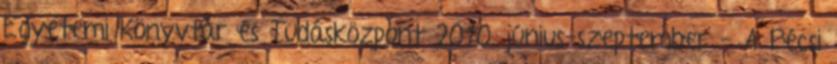
Egyetemi Könyvtár és Tudásközpont 2010. június-szeptember - A Pécsi